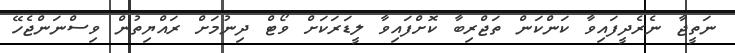
ނަތީޖާ ނެރެދީފައިވާ ކަންކަން ތަޖްރިބާ ކޮށްފައިވާ ލީޑަރަކަށް ވޯޓް ދިނުމަށް ރައްޔިތުން ވިސްނަންޖެހޭ